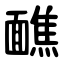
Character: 䩌